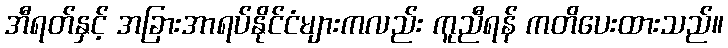
အီရတ်နှင့် အခြားအာရပ်နိုင်ငံများကလည်း ကူညီရန် ကတိပေးထားသည်။